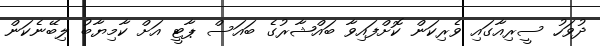
ދުވަހު ސީރިއާގައި ވެރިކަން ކޮށްފައިވާ ބައްޝާރުގެ ބައަސް ޕާޓީ އަށް ކާމިޔާބު ލިބޭނެކަން